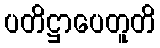
ပတိဋ္ဌာပေတူတိ